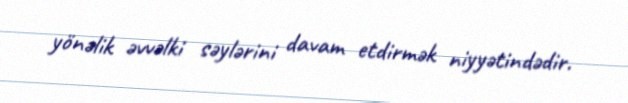
yönəlik əvvəlki səylərini davam etdirmək niyyətindədir.